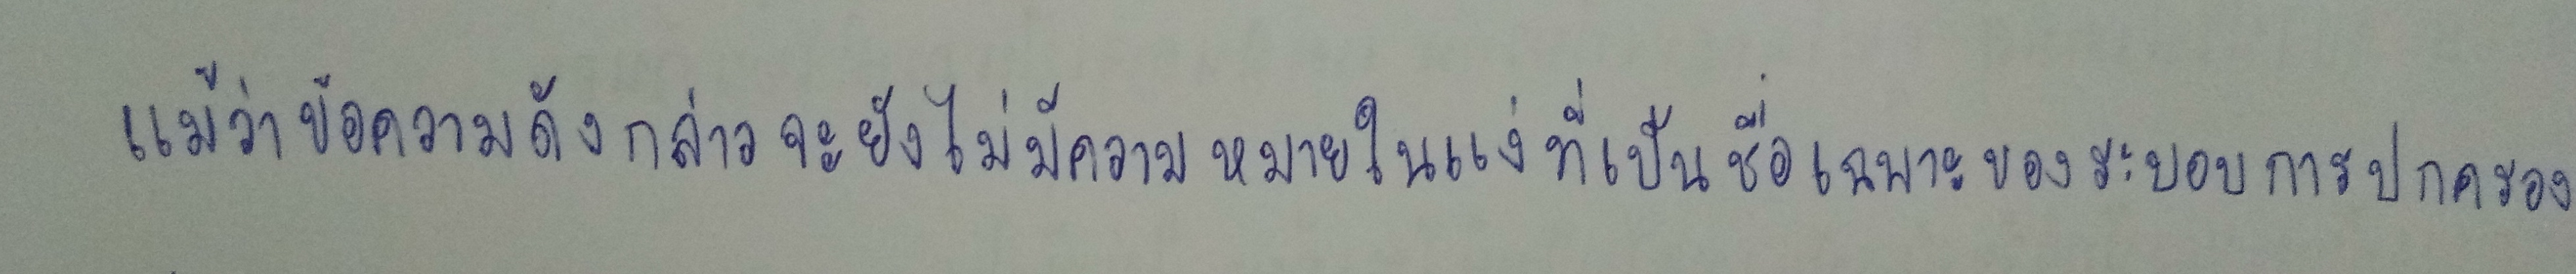
แม้ว่าข้อความดังกล่าวจะยังไม่มีความหมายในแง่ที่เป็นชื่อเฉพาะของระบอบการปกครอง